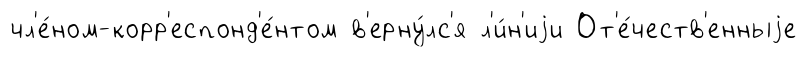
чл'е́ном-корр'еспонд'е́нтом в'ерну́лс'я л'и́н'иjи От'е́честв'енныjе